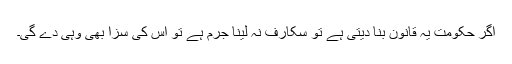
اگر حکومت یہ قانون بنا دیتی ہے تو سکارف نہ لینا جرم ہے تو اس کی سزا بھی وہی دے گی۔